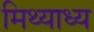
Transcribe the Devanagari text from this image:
मिथ्याध्य